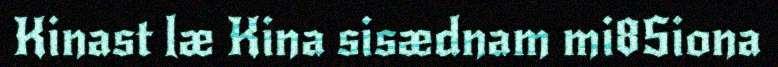
Kinast læ Kina sisædnam mi8Siona